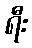
ရီး